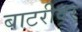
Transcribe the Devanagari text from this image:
बाटरीवर